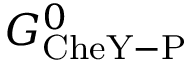
G _ { \mathrm { C h e Y - P } } ^ { 0 }